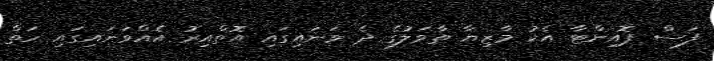
ފަސް ޕޮއިންޓާ އެކު މާޒިޔާ ތާވަލުގެ ދެ ވަނައިގައި އޮތްއިރު އެއްވަނައިގައި ހަތް